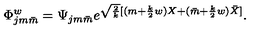
\Phi _ { j m \bar { m } } ^ { w } = \Psi _ { j m \bar { m } } e ^ { \sqrt { \frac { 2 } { k } } [ ( m + { \frac { k } { 2 } } w ) X + ( \bar { m } + { \frac { k } { 2 } } w ) \bar { X } ] } .